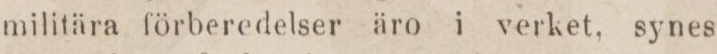
militära förberedelser äro i verket. synes